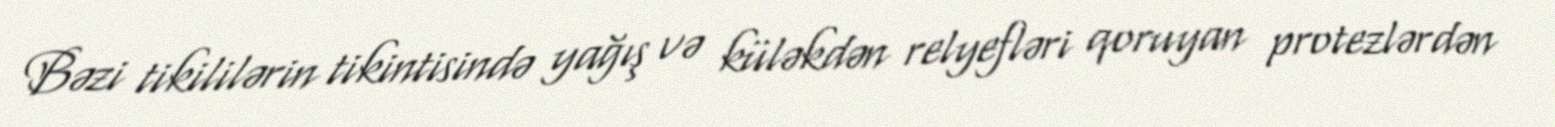
Bəzi tikililərin tikintisində yağış və küləkdən relyefləri qoruyan protezlərdən